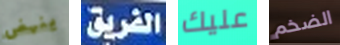
ينهض الفريق عليك الضخم